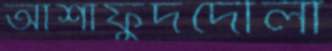
আশাফুদদৌলা